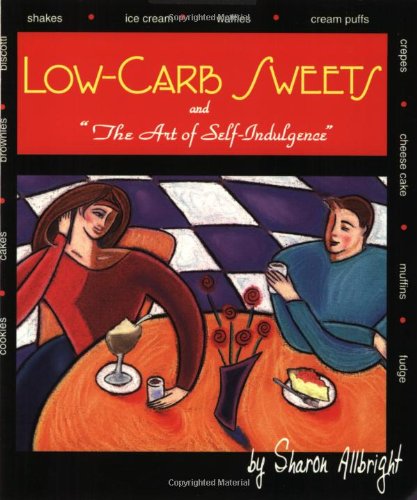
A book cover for Low Carb Sweets: The Art of Self-Indulgence; Sharon Allbright; Cookbooks, Food & Wine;